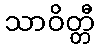
သာဝိတ္တီ